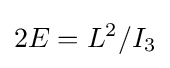
2E=L^{2}/I_{3}